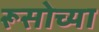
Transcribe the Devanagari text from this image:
रूसोच्या